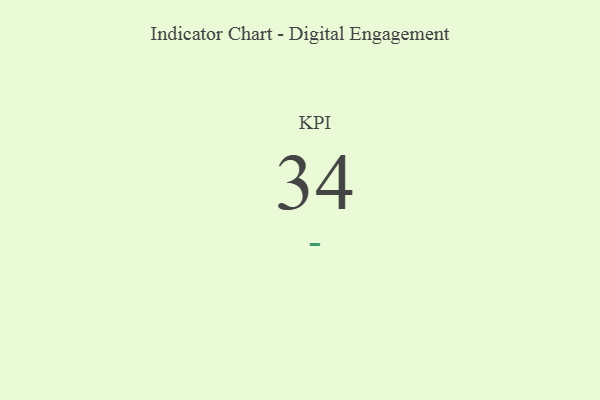
{"axis": {"x": "KPI", "y": "Value"}, "legend": [""], "data": [{"x": "KPI", "y": 34, "type": ""}]}